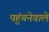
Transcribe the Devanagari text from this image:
पहुंचनेवाले